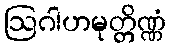
ဩဂါဟမုတ္တိဏ္ဏံ